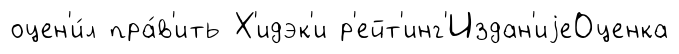
оцен'и́л пра́в'ить Х'идэк'и р'ейт'инг'Издан'иjеОценка